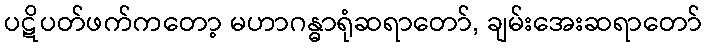
ပဋိပတ်ဖက်ကတော့ မဟာဂန္ဓာရုံဆရာတော်, ချမ်းအေးဆရာတော်